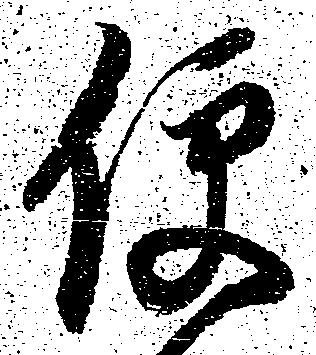
便